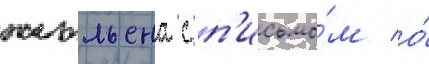
жюльена с п'исьмо́м о́